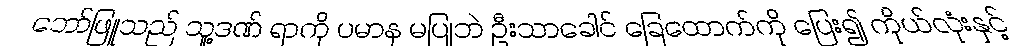
ဘော်ဖြူသည် သူ့ဒဏ် ရာကို ပမာန မပြုဘဲ ဦးသာခေါင် ခြေထောက်ကို ပြေး၍ ကိုယ်လုံးနှင့်